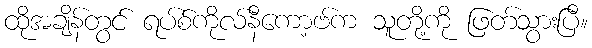
ထိုအချိန်တွင် ရပ်စ်ကိုလ်နီကော့ဗ်က သူတို့ကို ဖြတ်သွားပြီ။